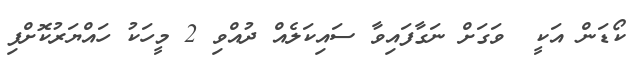
ކޯޑަން އަކީ  ވަގަށް ނަގާފައިވާ ސައިކަލެއް ދުއްވި 2 މީހަކު ހައްޔަރުކޮށްފި